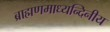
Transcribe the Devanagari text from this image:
ब्राह्मणमाध्यन्दिनीय